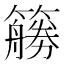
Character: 𰪜